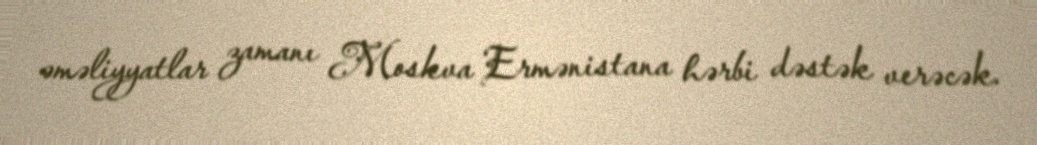
əməliyyatlar zamanı Moskva Ermənistana hərbi dəstək verəcək.